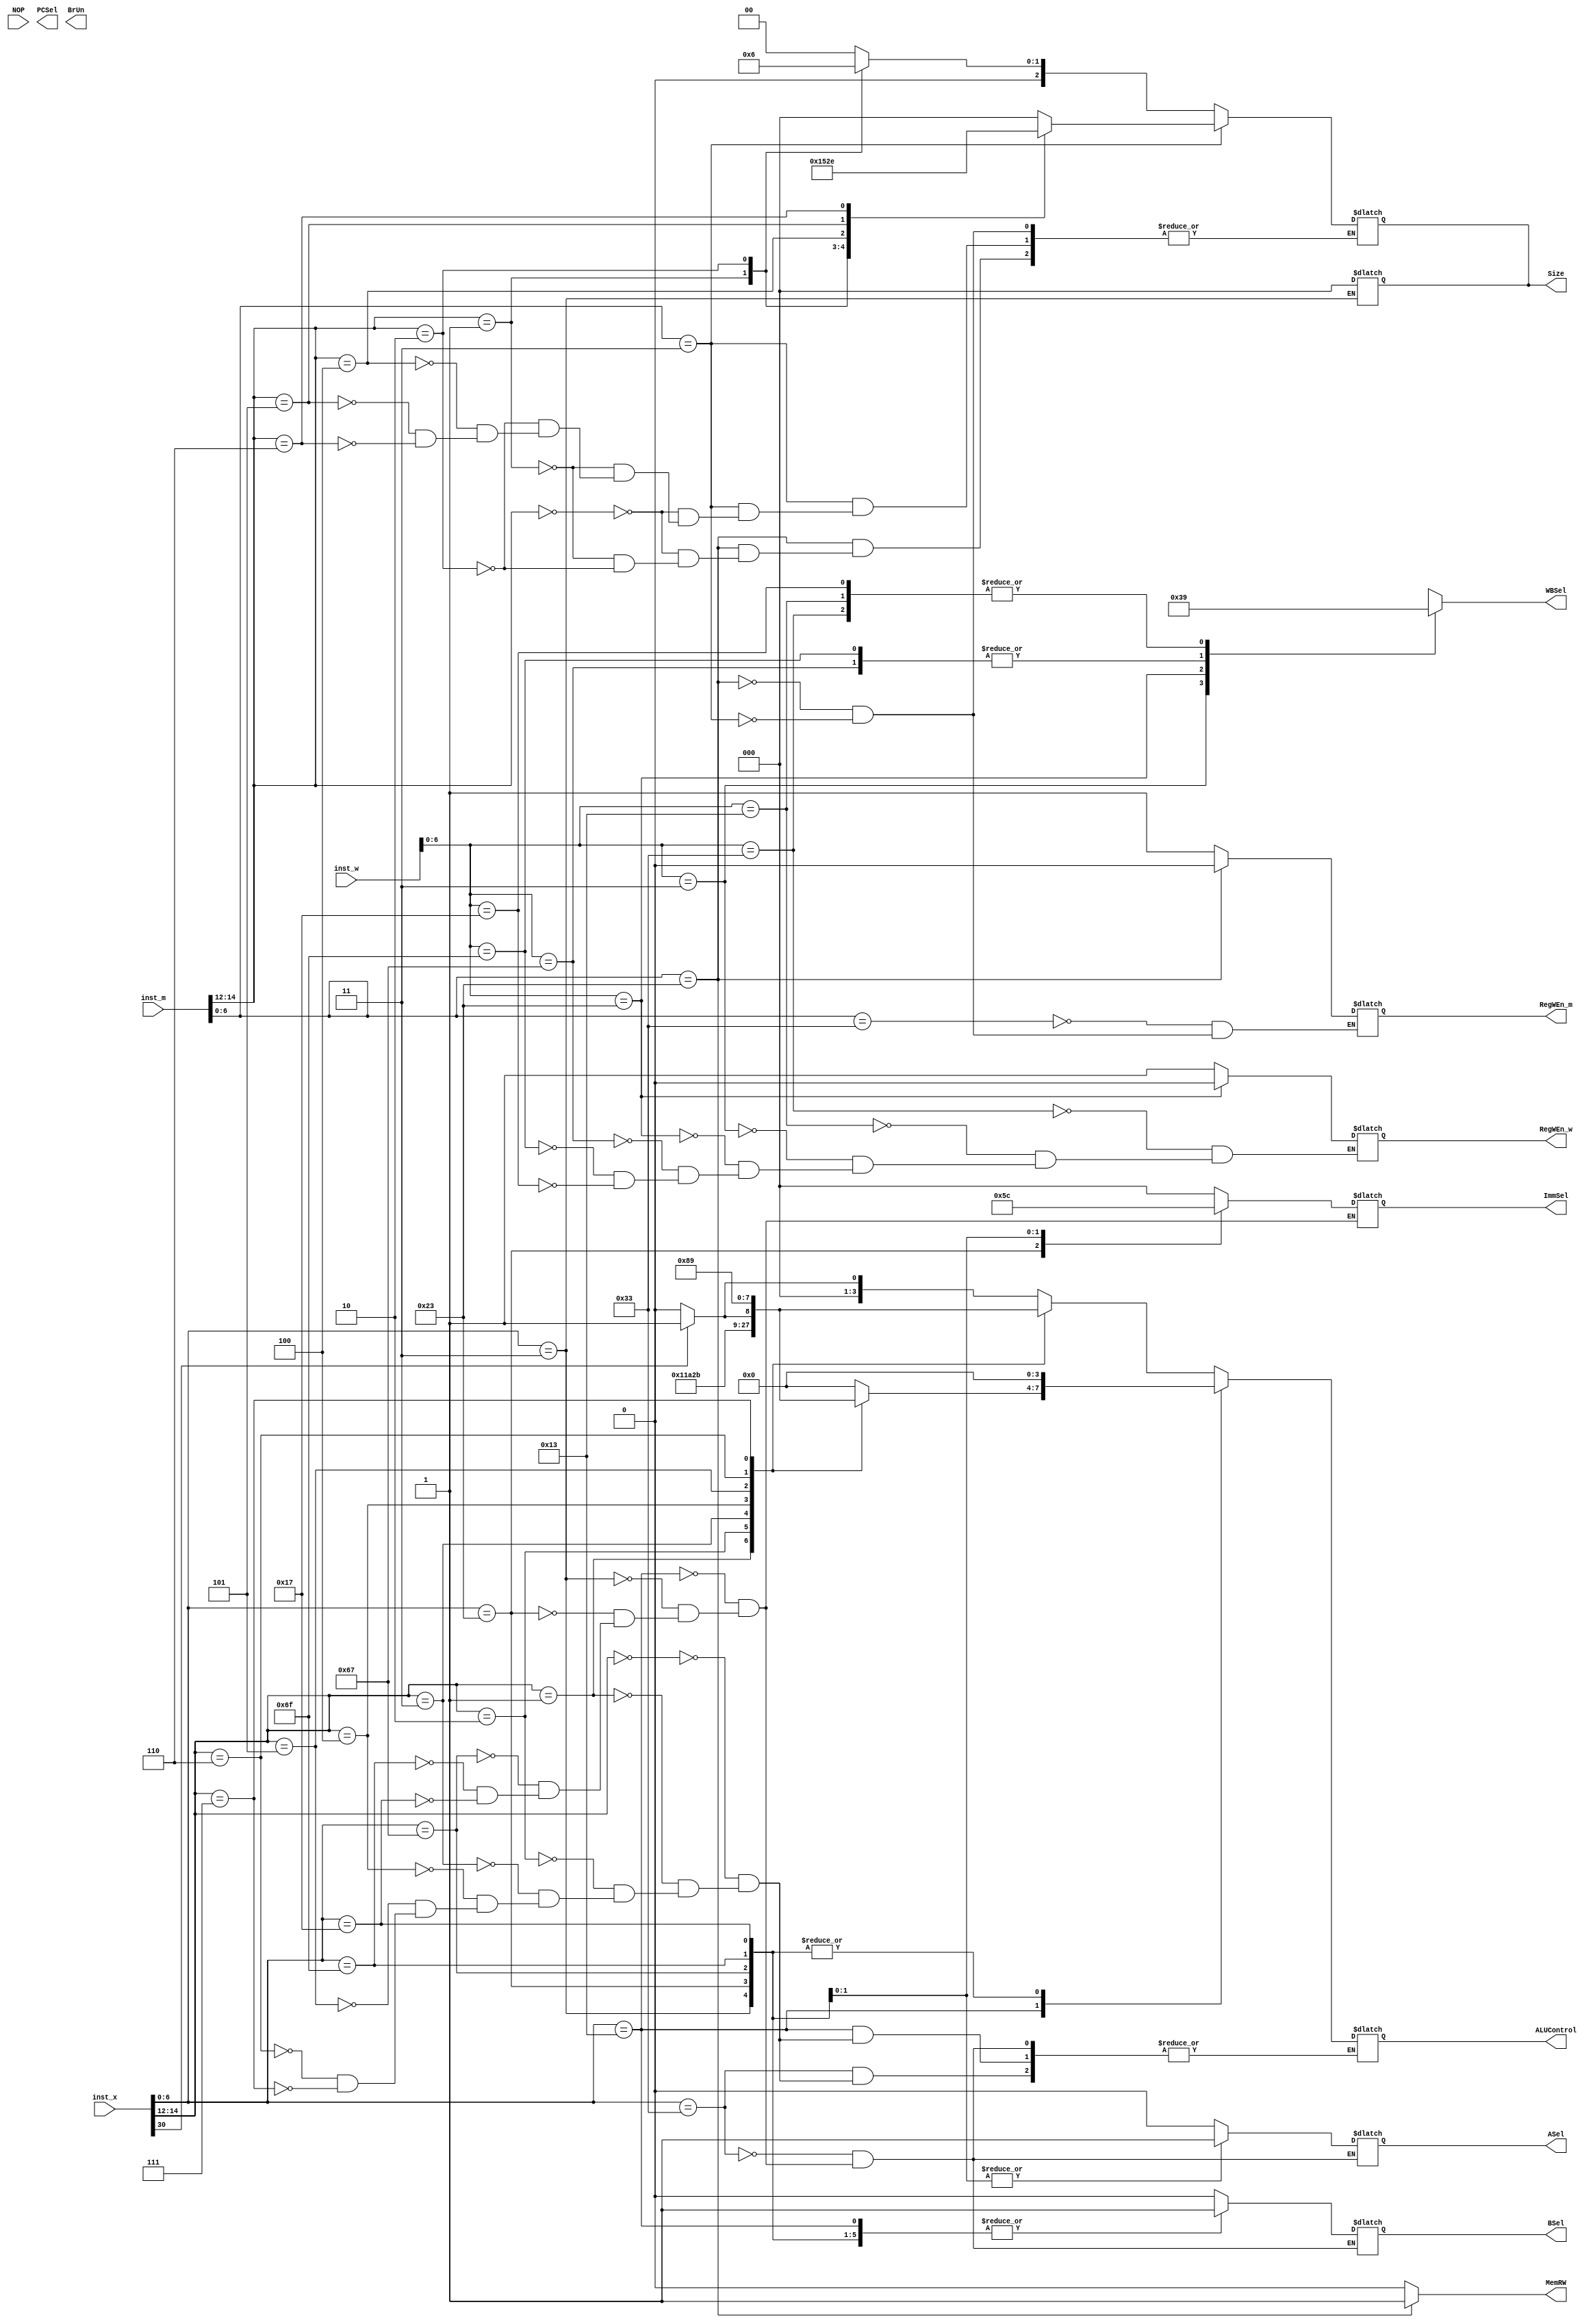
module Control(
input [31:0] inst_x,
input [31:0] inst_m,
input [31:0] inst_w,
input NOP,
output reg PCSel,
output reg [2:0] ImmSel,
output reg RegWEn_m,
output reg RegWEn_w, 
output reg BrUn, 
output reg BSel, 
output reg ASel, 
output reg MemRW, 
output reg [1:0] WBSel,
output reg [2:0] Size ,
output reg [3:0] ALUControl);

/// Reg_X ///
reg [6:0] opcode_x;
reg [2:0] funct3_x;
reg [6:0] funct7_x;
always@*
begin
	opcode_x = inst_x[6:0];
	funct3_x = inst_x[14:12];
	funct7_x = inst_x[31:25];
	case(opcode_x)
	7'b0110011:  //R-Type
		begin
		ASel = 0;
		BSel = 0;
		case(funct3_x)
			3'b000: begin
				if(funct7_x[5]==0)
				ALUControl <= 4'b0000; // ADD
				else if(funct7_x[5]==1)
				ALUControl <= 4'b0001;    // SUB
   				end
                        3'b001: ALUControl <= 4'b0010;    // SLL
                    	3'b010: ALUControl <= 4'b0011;   // SLT
                    	3'b011: ALUControl <= 4'b0100;   // SLTU
                    	3'b100: ALUControl <= 4'b0101;   // XOR
                    	3'b101: begin
				if(funct7_x[5]==0)   
				ALUControl <= 4'b0110; // SRL
				else if (funct7_x[5]==1)
				ALUControl <= 4'b0111; //SRA
				end
                    	3'b110: ALUControl <= 4'b1000;   // OR
                    	3'b111: ALUControl <= 4'b1001;   // AND
		endcase
		//ImmSel<=3'b000; //No Immediate Needed
		end
	7'b0010011 : //Basic I-Type
		begin
		ASel = 0;
		BSel = 1;
		ImmSel <= 3'b000; 
		case(funct3_x)
			3'b000: ALUControl <= 4'b0000;   // ADD
                    	3'b001: ALUControl <= 4'b0010;   // SLLi
                    	3'b010: ALUControl <= 4'b0011;   // SLTi
                    	3'b011: ALUControl <= 4'b0100;   // SLTUi
                    	3'b100: ALUControl <= 4'b0101;   // XORi
                    	3'b101: begin
				if(funct7_x[5]==0)   
				ALUControl <= 4'b0110; // SRLi
				else if (funct7_x[5]==1)
				ALUControl <= 4'b0111; // SRAi
				end
                    	3'b110: ALUControl <= 4'b1000;   // ORi
                    	3'b111: ALUControl <= 4'b1001;   // ANDi
		endcase
		end
	7'b0000011 : //I-Type Load Word
		begin 
		ASel = 0;
		BSel = 1;
		ALUControl <= 4'b0000; //Add Immediate
		ImmSel <= 3'b000;
		Size <= 000;
		end
	7'b0100011 : //S-Type Word
		begin 
		ASel <= 0;
		BSel <= 1;
		ALUControl <= 4'b0000; //Add Immediate
		ImmSel <= 3'b001;
		end
	7'b1100111: begin //I-Type Jalr
		ASel = 0;
		BSel = 1;
		ALUControl <= 4'b0000;
		ImmSel <= 3'b000;
		//WBSel <=2'b10;
		end
	7'b1101111: begin  ///UJ-Type (Jal)
		BSel = 1;
		ASel = 1;
		ALUControl <= 4'b0000;
		ImmSel <= 3'b011;
		end
	7'b0010111: begin // U-Type (AUIPC)
		BSel = 1;
		ASel = 1;
		ALUControl <= 4'b0000;
		ImmSel <= 3'b100; //For U-Type 
		end
	 //7'b0110111: begin //U-Type (LUI)
		//BSel = 1;
		//ASel = 1;
		//ALUControl <= 4'b0000;
		//ImmSel <= 3'b100;
		//end
	endcase
		/*begin
		ASel <= 0;
		BSel <= 0;
		ALUControl <= 0; //Add Immediate
		ImmSel <= 0;
		end*/
end
/// Reg_m ///
reg [6:0] opcode_m;
reg [2:0] funct3_m;
reg [6:0] funct7_m;
always@*
begin
	opcode_m = inst_m[6:0];
	funct3_m = inst_m[14:12];
	funct7_m = inst_m[31:25];
	case(opcode_m)
	7'b0110011 :  //R-Type 
		begin
		MemRW =0;
		RegWEn_m = 1;
		end
	7'b0100011 : //S-Type Word
		begin 
		MemRW =1;
		RegWEn_m = 0; 
			case(funct3_m)
			3'b000 : Size = 3'b000;
			3'b001 : Size = 3'b001;
			3'b010 : Size = 3'b010;
			endcase
		end 
	7'b0000011 : //I-Type Load Word
		begin
		RegWEn_m = 1; 
		MemRW =0;
			case(funct3_m)
			3'b000 : Size = 3'b000;
			3'b001 : Size = 3'b001;
			3'b010 : Size = 3'b010;
			//3'b011 : Size = 3'b011;
			3'b100 : Size = 3'b100;
			3'b101 : Size = 3'b101;
			3'b110 : Size = 3'b110;
			endcase
		end
		default : MemRW = 0;
	endcase
end
 
/// Reg_w ///
reg [6:0] opcode_w;
reg [2:0] funct3_w;
reg [6:0] funct7_w;
always@*
begin
	opcode_w = inst_w[6:0];
	funct3_w = inst_w[14:12];
	funct7_w = inst_w[31:25];
	case(opcode_w)
		7'b0110011 : 
			begin
			WBSel = 2'b01; //R-Type
			RegWEn_w = 1;
			end
		7'b0010011 : begin
			WBSel = 2'b01; //Basic I-Type
			RegWEn_w = 1;
			end
		7'b0000011 : begin
			WBSel = 2'b00; //I-Type Load Word
			RegWEn_w = 1;
			end 
		7'b0100011 : begin
			WBSel = 2'b11;
			RegWEn_w = 0; //S-Type Word
			end
		7'b1100111 : begin
			WBSel = 2'b10;
			RegWEn_w = 1;
			end
		7'b1101111 : begin
			WBSel = 2'b10; //UJ-Type
			RegWEn_w = 1;
			end
		7'b0010111 : begin
			WBSel = 2'b01; //U-Type
			RegWEn_w = 1;
			end
		default : WBSel=2'bxx;
	endcase
	end
	/*else begin
		WBSel=11;
		RegWEn_w = 0;
		end	*/		
endmodule